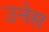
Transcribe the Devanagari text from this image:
उनेस